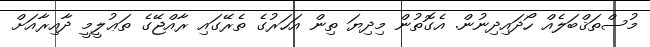
މުސްތަޤްބަލެއް ހޯދައިދިނުން. އެގޮތުން މިދިޔަ ތިން އަހަރުގެ ތެރޭގައި ރާއްޖޭގެ ތަޢުލީމީ ދާއިރާއަށް